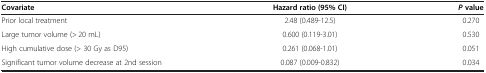
| Covariate | Hazard ratio (95% CI) | P value |
 | --- | --- | --- |
 | Prior local treatment | 2.48 (0.489-12.5) | 0.270 |
 | Large tumor volume (> 20 mL) | 0.600 (0.119-3.01) | 0.530 |
 | High cumulative dose (> 30 Gy as D95) | 0.261 (0.068-1.01) | 0.051 |
 | Significant tumor volume decrease at 2nd session | 0.087 (0.009-0.832) | 0.034 |